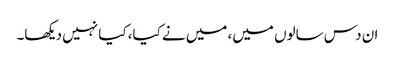
ان دس سالوں میں، میں نے کیا، کیا نہیں دیکھا۔